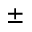
\pm